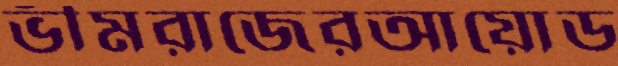
ভীমরাজেরআয়োড